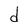
Character: d